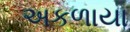
અકળાયા